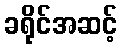
ခရိုင်အဆင့်